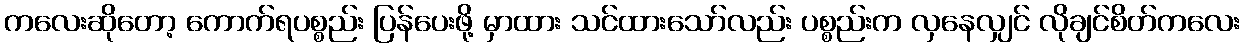
ကလေးဆိုတော့ ကောက်ရပစ္စည်း ပြန်ပေးဖို့ မှာထား သင်ထားသော်လည်း ပစ္စည်းက လှနေလျှင် လိုချင်စိတ်ကလေး